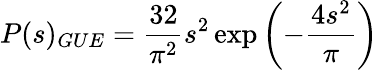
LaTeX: P(s)_{GUE}=\frac{32}{\pi^{2}}s^{2}\exp\left(-\frac{{4}s^{2}}{\pi}\right)